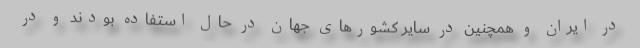
در ایران و همچنین در سایر کشورهای جهان در حال استفاده بودند و در